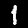
Digit: 1